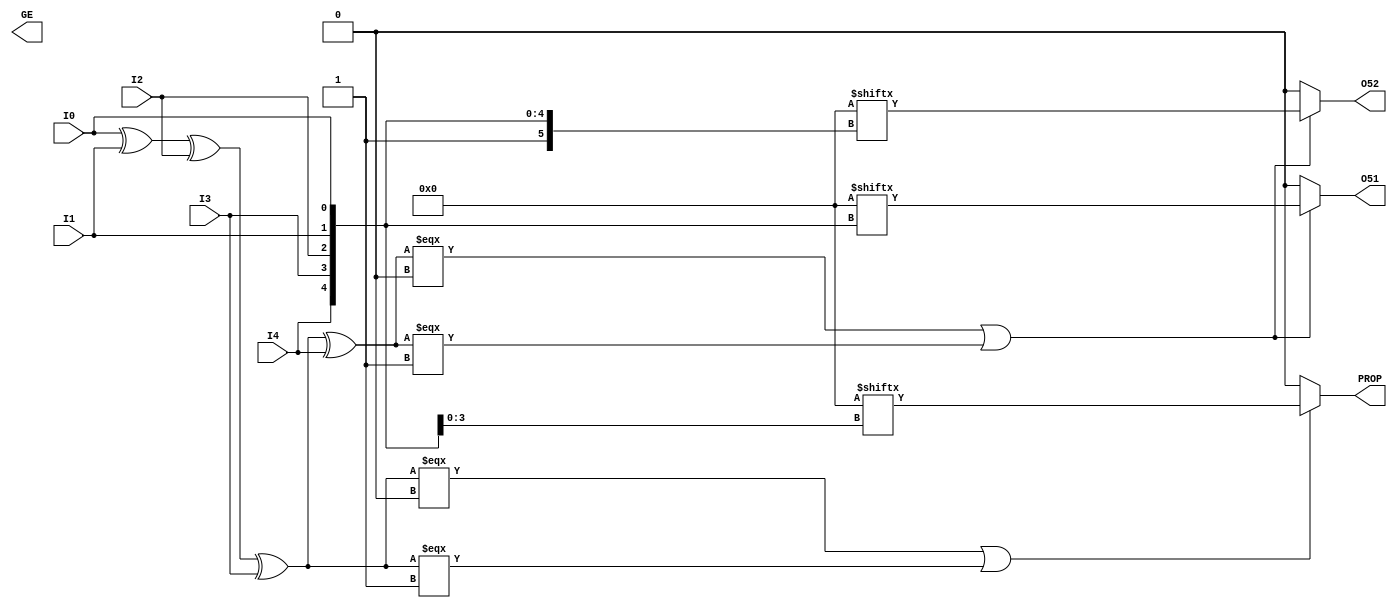
///////////////////////////////////////////////////////////////////////////////
//  Copyright (c) 1995/2018 Xilinx, Inc.
//  All Right Reserved.
///////////////////////////////////////////////////////////////////////////////
//   ____  ____
//  /   /\/   /
// /___/  \  /     Vendor      : Xilinx
// \   \   \/      Version     : 2018.3
//  \   \          Description : Xilinx Unified Simulation Library Component
//  /   /                   6-input Look-Up-Table with Two Outputs and Carry
// /___/   /\      Filename : LUT6CY.v
// \   \  /  \
//  \___\/\___\
//
///////////////////////////////////////////////////////////////////////////////
//  Revision:
//    07/09/16 Initial
//  End Revision:
///////////////////////////////////////////////////////////////////////////////

`timescale 1 ps/1 ps

`celldefine

module LUT6CY #(
`ifdef XIL_TIMING
  parameter LOC = "UNPLACED",
`endif
  parameter [63:0] INIT = 64'h0000000000000000
)(
  output GE,
  output O51,
  output O52,
  output PROP,

  input I0,
  input I1,
  input I2,
  input I3,
  input I4
);

// define constants
  localparam MODULE_NAME = "LUT6CY";

  reg trig_attr;
// include dynamic registers - XILINX test only
`ifdef XIL_DR
  `include "LUT6CY_dr.v"
`else
  reg [63:0] INIT_REG = INIT;
`endif

`ifndef XIL_XECLIB
  initial begin
  trig_attr = 1'b0;
  #1;
  trig_attr = ~trig_attr;
  end
`endif

// begin behavioral model

  reg O51_out;
  reg O52_out;
  reg PROP_out;

  assign O51 = O51_out;
  assign O52 = O52_out;
  assign PROP = PROP_out;

  function lut_mux4_f;
  input [3:0] d;
  input [1:0] s;
  begin
    if (((s[1]^s[0]) === 1'b1) || ((s[1]^s[0]) === 1'b0))
      lut_mux4_f = d[s];
    else if ( ~(|d) || &d)
      lut_mux4_f = d[0];
    else if (((s[0] === 1'b1) || (s[0] === 1'b0)) && (d[{1'b0,s[0]}] === d[{1'b1,s[0]}]))
      lut_mux4_f = d[{1'b0,s[0]}];
    else if (((s[1] === 1'b1) || (s[1] === 1'b0)) && (d[{s[1],1'b0}] === d[{s[1],1'b1}]))
      lut_mux4_f = d[{s[1],1'b0}];
    else
      lut_mux4_f = 1'bx;
  end
  endfunction

  function lut_mux8_f;
  input [7:0] d;
  input [2:0] s;
  begin
    if (((s[2]^s[1]^s[0]) === 1'b1) || ((s[2]^s[1]^s[0]) === 1'b0))
      lut_mux8_f = d[s];
    else if ( ~(|d) || &d)
      lut_mux8_f = d[0];
    else if ((((s[1]^s[0]) === 1'b1) || ((s[1]^s[0]) === 1'b0)) &&
             (d[{1'b0,s[1:0]}] === d[{1'b1,s[1:0]}]))
      lut_mux8_f = d[{1'b0,s[1:0]}];
    else if ((((s[2]^s[0]) === 1'b1) || ((s[2]^s[0]) === 1'b0)) &&
             (d[{s[2],1'b0,s[0]}] === d[{s[2],1'b1,s[0]}]))
      lut_mux8_f = d[{s[2],1'b0,s[0]}];
    else if ((((s[2]^s[1]) === 1'b1) || ((s[2]^s[1]) === 1'b0)) &&
             (d[{s[2],s[1],1'b0}] === d[{s[2],s[1],1'b1}]))
      lut_mux8_f = d[{s[2:1],1'b0}];
    else if (((s[0] === 1'b1) || (s[0] === 1'b0)) &&
             (d[{1'b0,1'b0,s[0]}] === d[{1'b0,1'b1,s[0]}]) &&
             (d[{1'b0,1'b0,s[0]}] === d[{1'b1,1'b0,s[0]}]) &&
             (d[{1'b0,1'b0,s[0]}] === d[{1'b1,1'b1,s[0]}]))
      lut_mux8_f = d[{1'b0,1'b0,s[0]}];
    else if (((s[1] === 1'b1) || (s[1] === 1'b0)) &&
             (d[{1'b0,s[1],1'b0}] === d[{1'b0,s[1],1'b1}]) &&
             (d[{1'b0,s[1],1'b0}] === d[{1'b1,s[1],1'b0}]) &&
             (d[{1'b0,s[1],1'b0}] === d[{1'b1,s[1],1'b1}]))
      lut_mux8_f = d[{1'b0,s[1],1'b0}];
    else if (((s[2] === 1'b1) || (s[2] === 1'b0)) &&
             (d[{s[2],1'b0,1'b0}] === d[{s[2],1'b0,1'b1}]) &&
             (d[{s[2],1'b0,1'b0}] === d[{s[2],1'b1,1'b0}]) &&
             (d[{s[2],1'b0,1'b0}] === d[{s[2],1'b1,1'b1}]))
      lut_mux8_f = d[{s[2],1'b0,1'b0}];
    else
      lut_mux8_f = 1'bx;
  end
  endfunction

  always @( I0 or I1 or I2 or I3)  begin
    if ( (I0 ^ I1  ^ I2 ^ I3) === 1'b0 || (I0 ^ I1  ^ I2 ^ I3) === 1'b1) begin
      PROP_out = INIT_REG[{1'b0, 1'b0, I3, I2, I1, I0}];
    end else if ( ~(|INIT_REG[15:0]) || &INIT_REG[15:0] ) begin
      PROP_out = INIT_REG[0];
    end else begin
      PROP_out =  lut_mux4_f ({lut_mux4_f ( INIT_REG[15:12], {I1, I0}),
                           lut_mux4_f (  INIT_REG[11:8], {I1, I0}),
                           lut_mux4_f (   INIT_REG[7:4], {I1, I0}),
                           lut_mux4_f (   INIT_REG[3:0], {I1, I0}) }, {I3, I2});
    end
  end

  always @(I0 or I1 or I2 or I3 or I4)  begin
    if ( (I0 ^ I1  ^ I2 ^ I3 ^ I4) === 1'b0 || (I0 ^ I1  ^ I2 ^ I3 ^ I4) === 1'b1) begin
       O51_out = INIT_REG[{1'b0, I4, I3, I2, I1, I0}];
       O52_out = INIT_REG[{1'b1, I4, I3, I2, I1, I0}];
    end else begin
      if ( ~(|INIT_REG[31:0]) || &INIT_REG[31:0] ) begin
        O51_out = INIT_REG[0];
      end else begin
        O51_out = lut_mux4_f ({lut_mux8_f (INIT_REG[31:24], {I2, I1, I0}),
                           lut_mux8_f (INIT_REG[23:16], {I2, I1, I0}),
                           lut_mux8_f ( INIT_REG[15:8], {I2, I1, I0}),
                           lut_mux8_f (  INIT_REG[7:0], {I2, I1, I0})}, {I4, I3});
      end
      if ( ~(|INIT_REG[63:32]) || &INIT_REG[63:32] ) begin
        O52_out = INIT_REG[32];
      end else begin
        O52_out = lut_mux4_f ({lut_mux8_f ( INIT_REG[63:56], {I2, I1, I0}),
                           lut_mux8_f ( INIT_REG[55:48], {I2, I1, I0}),
                           lut_mux8_f ( INIT_REG[47:40], {I2, I1, I0}),
                           lut_mux8_f ( INIT_REG[39:32], {I2, I1, I0}) }, {I4, I3});
      end
    end
  end

// end behavioral model

endmodule

`endcelldefine